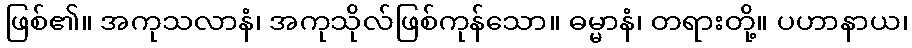
ဖြစ်၏။ အကုသလာနံ၊ အကုသိုလ်ဖြစ်ကုန်သော။ ဓမ္မာနံ၊ တရားတို့။ ပဟာနာယ၊